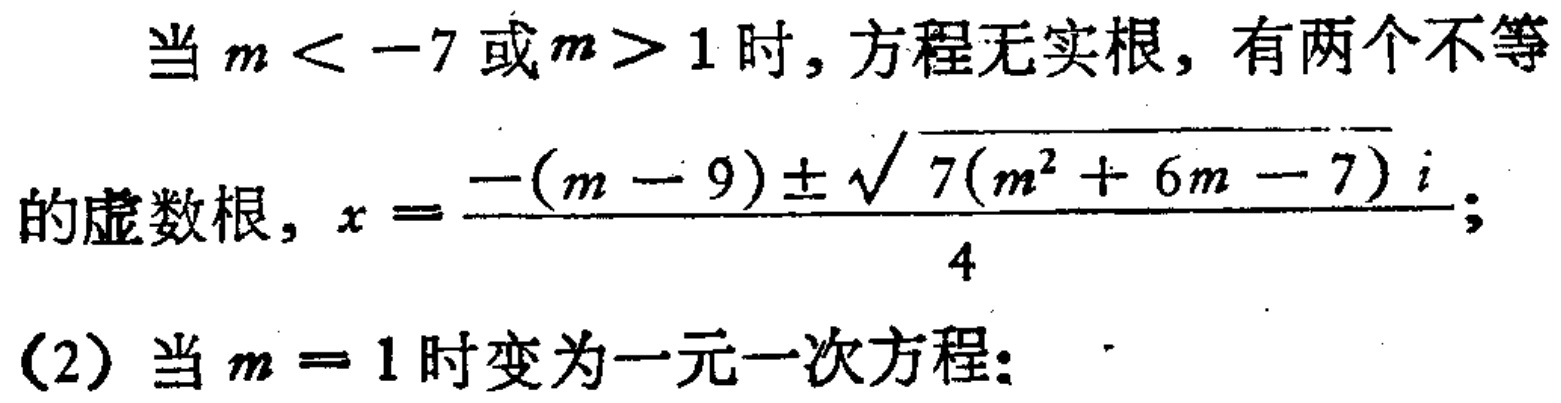
当 \(m < -7\) 或 \(m > 1\) 时，方程无实根，有两个不等
的虚数根，\(x = \frac{-(m - 9) \pm \sqrt{7(m^{2} + 6m - 7)}i}{4}\)；
(2) 当 \(m = 1\) 时变为一元一次方程：